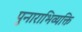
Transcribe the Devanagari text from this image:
पुनाराभिव्यक्ति